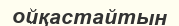
ойқастайтын